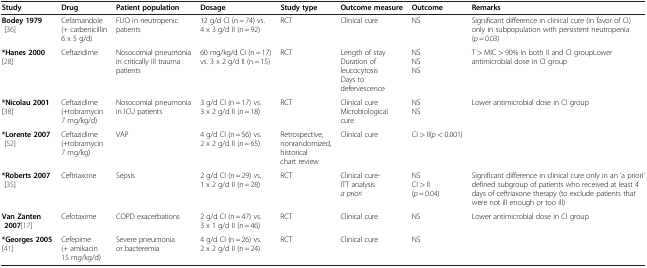
<table><thead><tr><td><b>Study</b></td><td><b>Drug</b></td><td><b>Patient population</b></td><td><b>Dosage</b></td><td><b>Study type</b></td><td><b>Outcome measure</b></td><td><b>Outcome</b></td><td><b>Remarks</b></td></tr></thead><tbody><tr><td><b>Bodey 1979</b>[36]</td><td>Cefamandole (+ carbenicillin 6 x 5 g/d)</td><td>FUO in neutropenic patients</td><td>12 g/d CI (n = 74) vs. 4 x 3 g/d II (n = 92)</td><td>RCT</td><td>Clinical cure</td><td>NS</td><td>Significant difference in clinical cure (in favor of CI) only in subpopulation with persistent neutropenia (<i>p </i> = 0.03)</td></tr><tr><td><b>*Hanes 2000</b>[28]</td><td>Ceftazidime</td><td>Nosocomial pneumonia in critically ill trauma patients</td><td>60 mg/kg/d CI (n = 17) vs. 3 x 2 g/d II (n = 15)</td><td>RCT</td><td>Length of stay Duration of leucocytosis Days to defervescence</td><td>NS NS NS</td><td>T &gt; MIC &gt; 90% in both II and CI groupLower antimicrobial dose in CI group</td></tr><tr><td><b>*Nicolau 2001</b>[38]</td><td>Ceftazidime (+tobramycin 7 mg/kg/d)</td><td>Nosocomial pneumonia in ICU patients</td><td>3 g/d CI (n = 17) vs. 3 x 2 g/d II (n = 18)</td><td>RCT</td><td>Clinical cure Microbiological cure</td><td>NS NS</td><td>Lower antimicrobial dose in CI group</td></tr><tr><td><b>*Lorente 2007</b>[52]</td><td>Ceftazidime (+tobramycin 7 mg/kg)</td><td>VAP</td><td>4 g/d CI (n = 56) vs. 2 x 2 g/d II (n = 65)</td><td>Retrospective, nonrandomized, historical chart review</td><td>Clinical cure</td><td>CI &gt; II(<i>p </i> &lt; 0.001)</td><td> </td></tr><tr><td><b>*Roberts 2007</b>[35]</td><td>Ceftriaxone</td><td>Sepsis</td><td>2 g/d CI (n = 29) vs. 1 x 2 g/d II (n = 28)</td><td>RCT</td><td>Clinical cure- ITT analysis<i>a priori</i></td><td>NS CI &gt; II (<i>p </i> = 0.04)</td><td>Significant difference in clinical cure only in an ‘a priori’ defined subgroup of patients who received at least 4days of ceftriaxone therapy (to exclude patients that were not ill enough or too ill)</td></tr><tr><td><b>Van Zanten 2007</b>[17]</td><td>Cefotaxime</td><td>COPD exacerbations</td><td>2 g/d CI (n = 47) vs. 3 x 1 g/d II (n = 46)</td><td>RCT</td><td>Clinical cure</td><td>NS</td><td>Lower antimicrobial dose in CI group</td></tr><tr><td><b>*Georges 2005</b>[41]</td><td>Cefepime (+ amikacin 15 mg/kg/d)</td><td>Severe pneumonia or bacteremia</td><td>4 g/d CI (n = 26) vs. 2 x 2 g/d II (n = 24)</td><td>RCT</td><td>Clinical cure</td><td>NS</td><td> </td></tr></tbody></table>